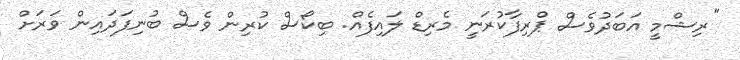
"ރިޝްމީ އަބަދުވެސް ޕްރިފާކުރަނީ މެރިޑް ލައިފެއް. ބިކޯސް ކުރިން ވެސް ބުނިފަދައިން ވަރަށް